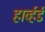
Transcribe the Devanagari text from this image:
हार्व्हर्ड